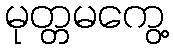
မုတ္တမကွေ့